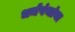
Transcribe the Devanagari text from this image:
धर्मपंथांना